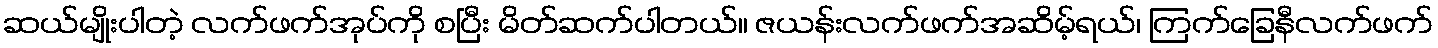
ဆယ်မျိုးပါတဲ့ လက်ဖက်အုပ်ကို စပြီး မိတ်ဆက်ပါတယ်။ ဇယန်းလက်ဖက်အဆိမ့်ရယ်၊ ကြက်ခြေနီလက်ဖက်